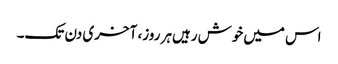
اس میں‌خوش رہیں‌ہر روز، آخری دن تک۔